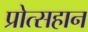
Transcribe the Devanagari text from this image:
प्रोत्सहान